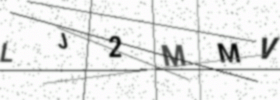
Text: LJ2MMV